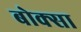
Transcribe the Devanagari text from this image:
बोक्सा